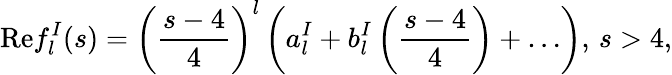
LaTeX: \mathrm{Re}f_{l}^{I}(s)=\left({\frac{s-4}{4}}\right)^{l}\left(a_{l}^{I}+b_{l}^{I}\left({\frac{s-4}{4}}\right)+\ldots\right),\, s>4,